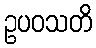
ဥပဝသတိ